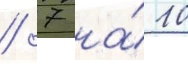
/ 7 на́ 10